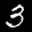
Label: 3